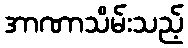
အာဏာသိမ်းသည့်